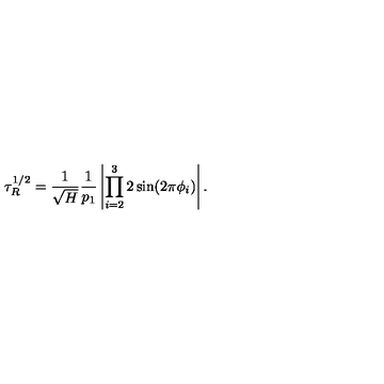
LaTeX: \tau _ { R } ^ { 1 / 2 } = \frac { 1 } { \sqrt { H } } \frac { 1 } { p _ { 1 } } \left| \prod _ { i = 2 } ^ { 3 } 2 \sin ( 2 \pi \phi _ { i } ) \right| .